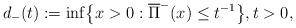
LaTeX: \begin{align*} d_-(t):=\inf\bigl\{x>0: \overline{\Pi}^-(x)\le t^{-1}\bigr\}, t>0,\end{align*}